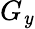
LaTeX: G_{\mathit{y}}